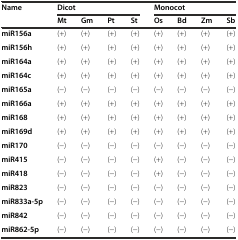
| Name | <COLSPAN=4> Dicot | <COLSPAN=4> Monocot |
 |  | Mt | Gm | Pt | St | Os | Bd | Zm | Sb |
 | --- | --- | --- | --- | --- | --- | --- | --- | --- |
 | miR156a | (+) | (+) | (+) | (+) | (+) | (+) | (+) | (+) |
 | miR156h | (+) | (+) | (+) | (+) | (+) | (+) | (+) | (+) |
 | miR164a | (+) | (+) | (+) | (+) | (+) | (+) | (+) | (+) |
 | miR164c | (+) | (+) | (+) | (+) | (+) | (+) | (+) | (+) |
 | miR165a | (-) | (-) | (-) | (-) | (-) | (-) | (-) | (-) |
 | miR166a | (+) | (+) | (+) | (+) | (+) | (+) | (+) | (+) |
 | miR168 | (+) | (+) | (+) | (+) | (+) | (+) | (+) | (+) |
 | miR169d | (+) | (+) | (+) | (+) | (+) | (+) | (+) | (+) |
 | miR170 | (-) | (-) | (-) | (-) | (-) | (-) | (-) | (-) |
 | miR415 | (-) | (-) | (-) | (-) | (+) | (-) | (-) | (-) |
 | miR418 | (-) | (-) | (-) | (-) | (+) | (-) | (-) | (-) |
 | miR823 | (-) | (-) | (-) | (-) | (-) | (-) | (-) | (-) |
 | miR833a-5p | (-) | (-) | (-) | (-) | (-) | (-) | (-) | (-) |
 | miR842 | (-) | (-) | (-) | (-) | (-) | (-) | (-) | (-) |
 | miR862-5p | (-) | (-) | (-) | (-) | (-) | (-) | (-) | (-) |